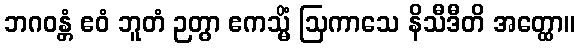
ဘဂဝန္တံ ဧဝံ ဘူတံ ဉတွာ ဧကသ္မိံ ဩကာသေ နိသီဒီတိ အတ္ထော။